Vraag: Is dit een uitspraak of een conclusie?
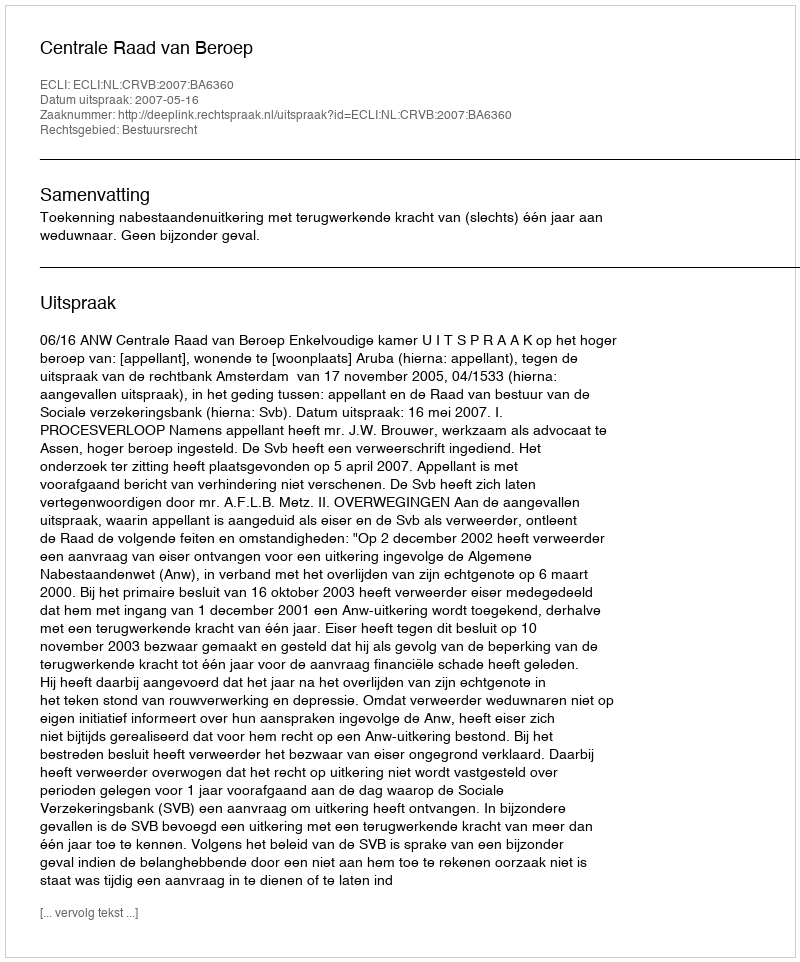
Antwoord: Uitspraak